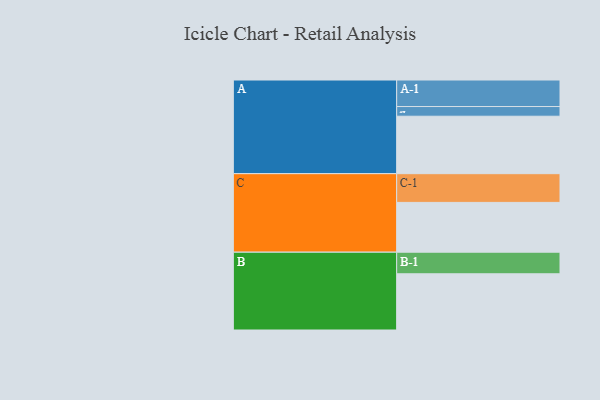
{"axis": {"x": "Segment", "y": "Value"}, "legend": ["", "A", "B", "C"], "data": [{"x": "A", "y": 474, "type": ""}, {"x": "B", "y": 464, "type": ""}, {"x": "C", "y": 411, "type": ""}, {"x": "A-1", "y": 219, "type": "A"}, {"x": "A-2", "y": 80, "type": "A"}, {"x": "B-1", "y": 178, "type": "B"}, {"x": "C-1", "y": 237, "type": "C"}]}